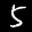
Label: 5